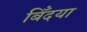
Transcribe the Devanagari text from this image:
बिँदया